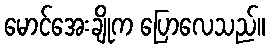
မောင်အေးချိုက ပြောလေသည်။